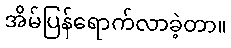
အိမ်ပြန်ရောက်လာခဲ့တာ။